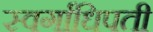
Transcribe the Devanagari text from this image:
स्वर्गाधिपती